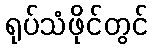
ရုပ်သံဖိုင်တွင်